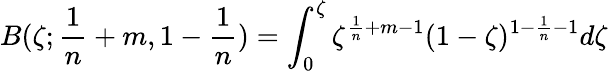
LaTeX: B(\zeta;\frac{1}{n}+m,1-\frac{1}{n})=\int_{0}^{\zeta}\zeta^{\frac{1}{n}+m-1}(1-\zeta)^{1-\frac{1}{n}-1}d\zeta